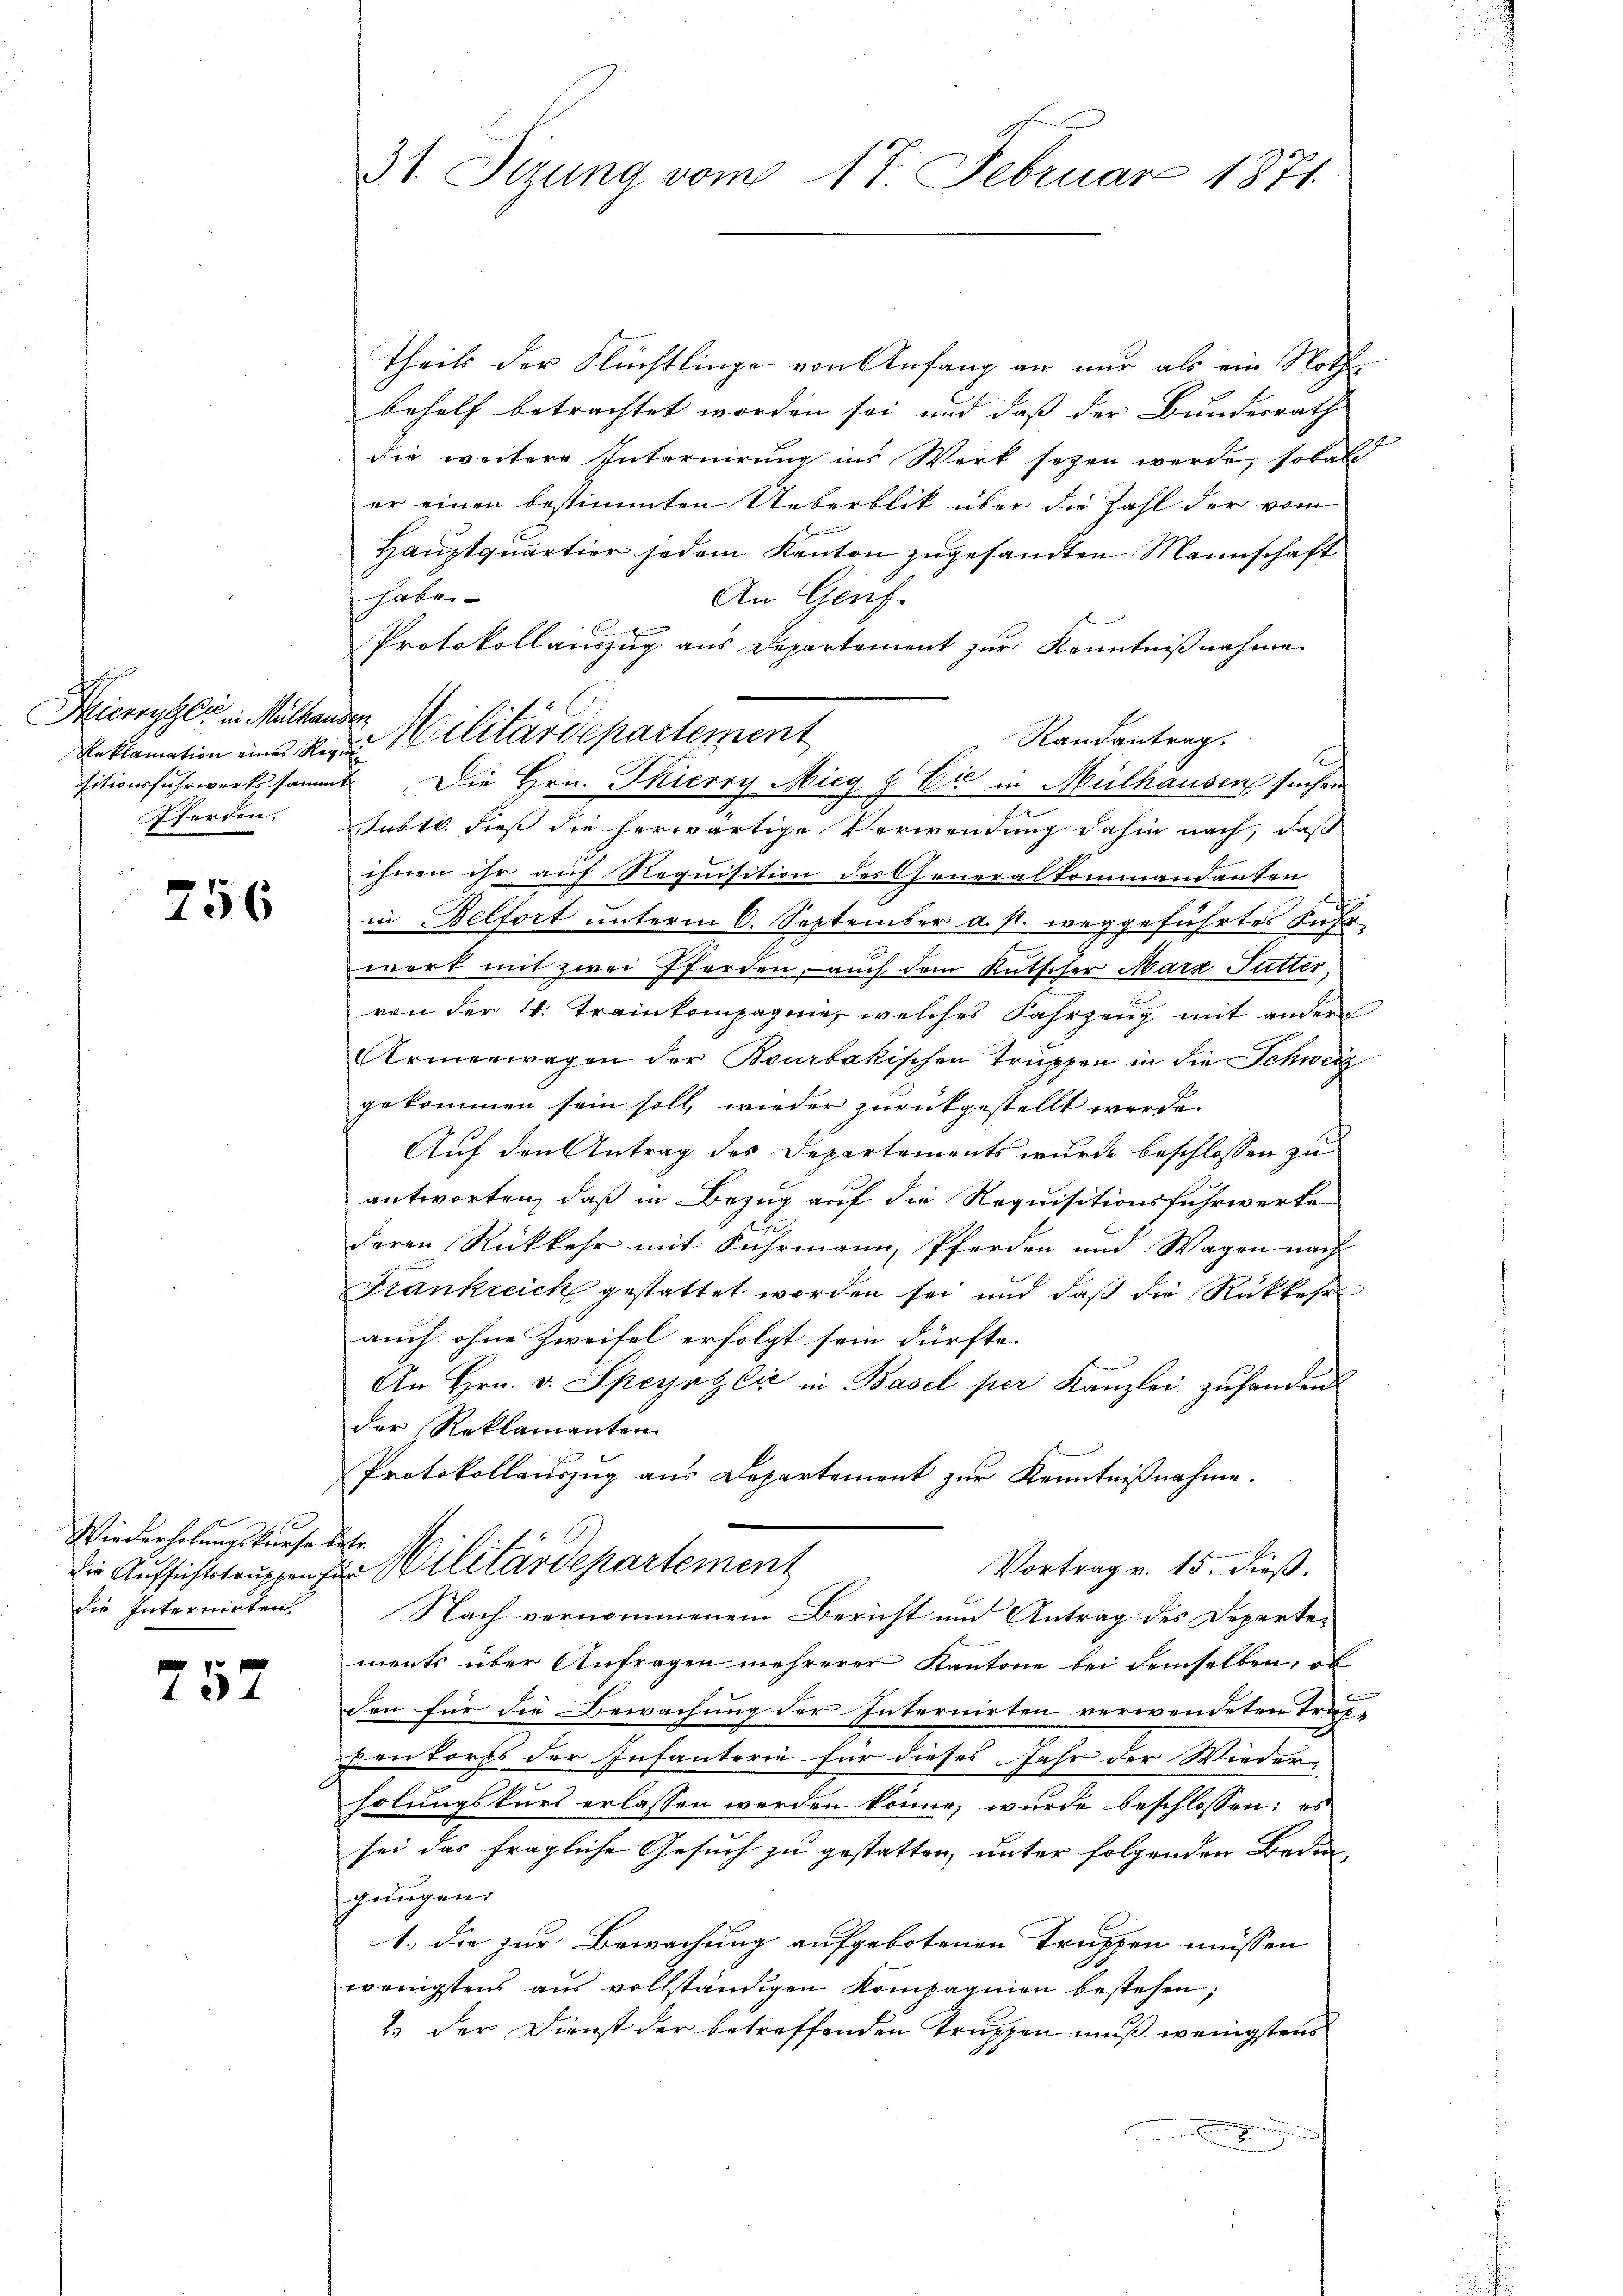
Kieryter in Mithandern
Eferden.

756

Wiederholungskurse betr.
die Internirten

752

31 Sizung vom 17. Februar 1871.

theils der Flüchtlinge von Anfang an nur als ein Nothe
behelf betrachtet worden sei und daß der Bundesrath
die weitere Internirung ins Werk sezen werde, sobald
er einen bestimmten Ueberblik über die Zahl der vom

Hauptquartier jedem Kanton zugesandten Mannschaft
haben
An Genf.
Protokoll auszug aus Departement zur Kenntnißnahme
Randantrag
Jubtl. dieß die herwärtige Verwendung dahin nach, daß
ihnen ihr auf Requisition der Generalkommandanten
in Belfort unterm 6. September a. s. weggeführtes Fuhr
wert mit zwei Pferden, auch dem Kutscher Marz Sutter
von der 4. Trainkompagnie, welches Fahrzeug mit andern
Armenwagen der Bourbakischen Truppen in die Schweiz
gekommen sein soll, wieder zurückgestellt werde.
Auf den Antrag des Departements wurde beschlossen zu
antworten, daß in Bezug auf die Requisitionsfuhrwerke
deren Rückkehr mit Fuhrmann, Pferden und Wagen nach
Frankreich gestattet worden sei und daß die Rückkehr
auch ohne Zweifel erfolgt sein dürfte.
An Hrn. v. Speyrzlić in Basel per Kanzlei zuhanden
der Reklamanten.
Protokollauszug aus Departement zur Kenntnißnahme.
.
Vortrag v. 15. dieß.
Die Aufsichtstruppen zur Militärdepartement
Nach vernommenem Bericht und Antrag des Departements über Anfragen mehrerer Kantone bei demselben, ob
.
den für die Bewachung der Internirten verwendeten Traf-
Denkorps der Infanterie für dieses Jahr der Wieder-
holungskurs erlassen werden könne, wurde beschlossen; es
sei das fragliche Gesuch zu gestatten, unter folgenden Bedingungen.
1. die zur Bewachung aufgebotenen Truppen müssen
wenigstens aus vollständigen Kompagnien bestehen,
2.) Der Dienst der betreffenden Truppen muß wenigstens

Reklamation uns der Militärdepartement
sitionsfuhrwerksammt. Die Hrn. Skierey Mieg & Cie in Mülhausen suchen